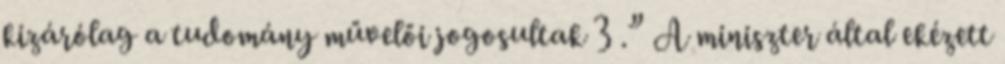
kizárólag a tudomány művelői jogosultak 3 .” A miniszter által ekézett